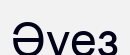
Әуез